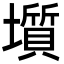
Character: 𡒻